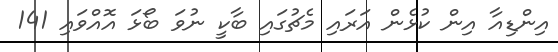
އިންޑިއާ އިން ކުޅެން އަރައި މެޗުގައި ބާކީ ނުވަ ބޯޅަ އޮއްވައި 141